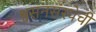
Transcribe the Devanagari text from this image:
श्वसनसंस्थेची